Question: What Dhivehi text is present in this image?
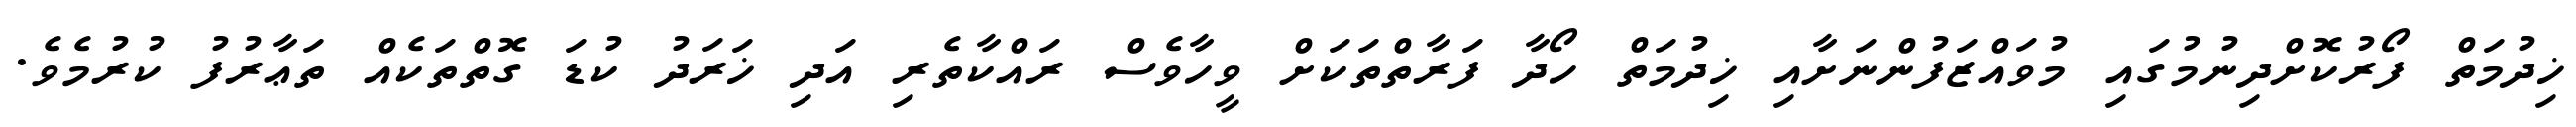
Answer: ޚިދުމަތް ފޯރުކޮށްދިނުމުގައި މުވައްޒަފުންނަށާއި ޚިދުމަތް ހޯދާ ފަރާތްތަކަށް ވީހާވެސް ރައްކާތެރި އަދި ޚަރަދު ކުޑަ ގޮތްތަކެއް ތަޢާރުފު ކުރުމެވެ.